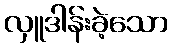
လှူဒါန်းခဲ့သော